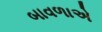
બાવળાએ